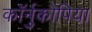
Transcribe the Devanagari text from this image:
कॉर्नुकोपिया